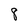
Character: 8